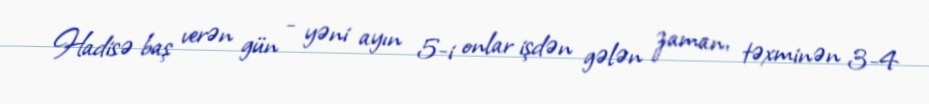
Hadisə baş verən gün - yəni ayın 5-i onlar işdən gələn zaman, təxminən 3-4